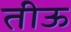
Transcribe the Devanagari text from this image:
तीऊ